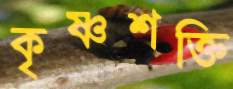
কৃষ্ণশক্তি